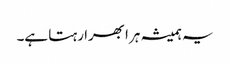
یہ ہمیشہ ہرا بھرا رہتا ہے۔